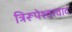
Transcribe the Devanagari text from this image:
त्रिरूपेश्वरवाद